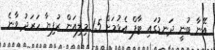
އޭނާ ބުނީ ދަނޑުގައި ޓާފް އެޅުމަށް 1.5 މިލިއަން ރުފިޔާ ހަރަދު ވާނެ